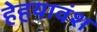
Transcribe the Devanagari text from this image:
हेहयावंश